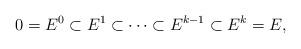
LaTeX: \begin{align*}0 = E^0 \subset E^1 \subset \cdots \subset E^{k-1} \subset E^{k} = E,\end{align*}